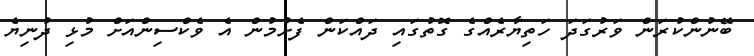
ބޭނުންކުރަން ވަރުގަދަ ހަތިޔާރެއްގެ ގޮތުގައި ދައްކަން ފެށުމުން އެ ވެކްސިންއަށް މުޅި ދުނިޔެ